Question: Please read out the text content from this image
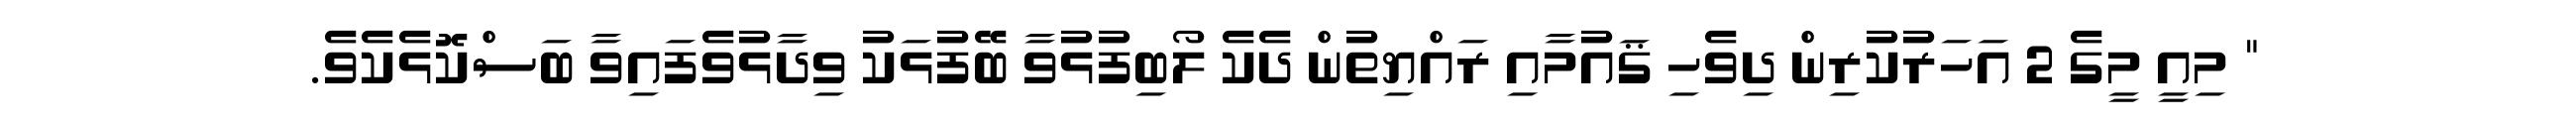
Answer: " މިއީ މީގެ 2 އަހަރުކުރިން ދިވެހި ޤައުމާއި ރައްޔިތުން ދެކެ ލޯބިފުޅުވާ ބޭފުޅަކު ވިދާޅުވެފައިވާ ބަސްކޮޅެކެވެ.